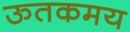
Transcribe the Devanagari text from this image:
ऊतकमय